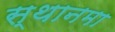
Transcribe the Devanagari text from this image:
स्थानमा